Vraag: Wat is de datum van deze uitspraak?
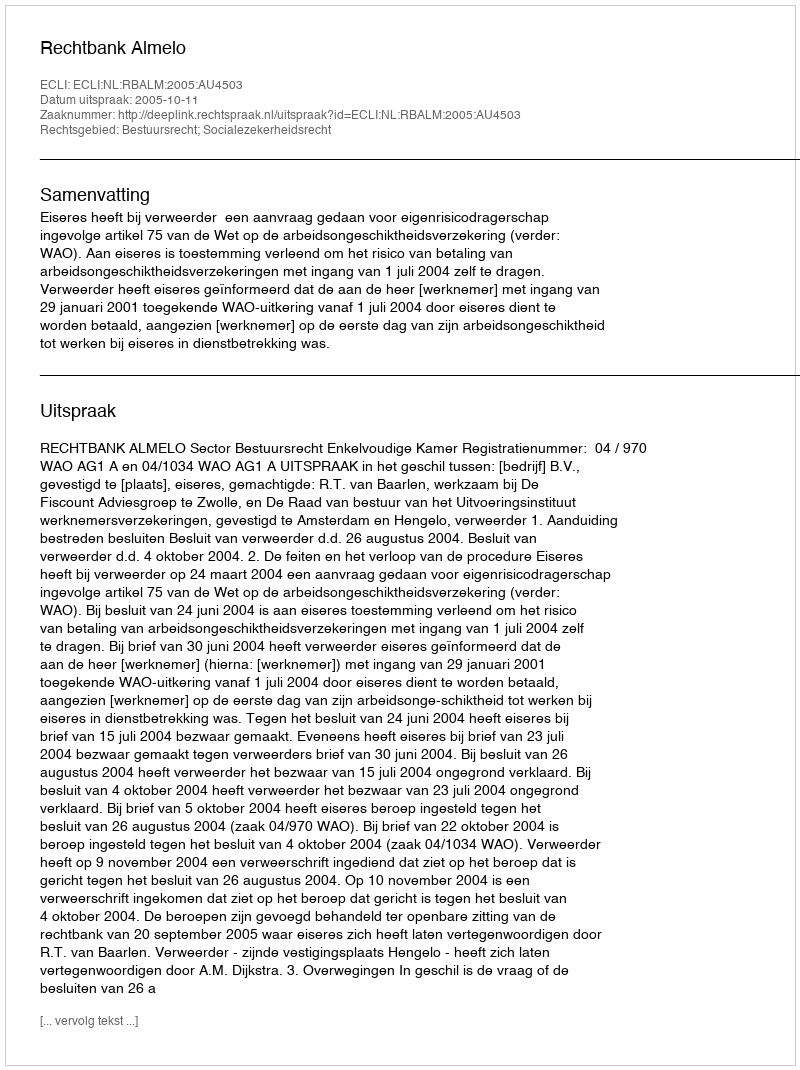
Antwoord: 2005-10-11